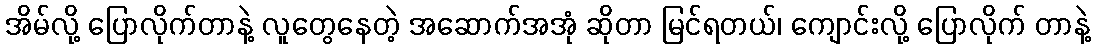
အိမ်လို့ ပြောလိုက်တာနဲ့ လူတွေနေတဲ့ အဆောက်အအုံ ဆိုတာ မြင်ရတယ်၊ ကျောင်းလို့ ပြောလိုက် တာနဲ့